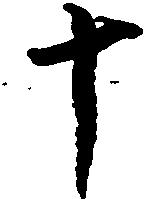
十